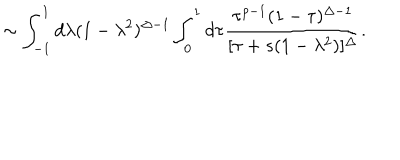
\sim \int _ { - 1 } ^ { 1 } d \lambda ( 1 - \lambda ^ { 2 } ) ^ { \Delta - 1 } \int _ { 0 } ^ { 1 } d \tau \frac { \tau ^ { p - 1 } ( 1 - \tau ) ^ { \Delta - 1 } } { [ \tau + s ( 1 - \lambda ^ { 2 } ) ] ^ { \Delta } } .